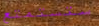
ستستمتع